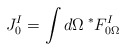
\begin{align*}J^I_0 = \int d\Omega \> {}^*F^I_{0 \Omega}\end{align*}